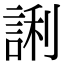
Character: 誗